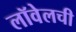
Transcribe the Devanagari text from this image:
लॉवेलची